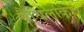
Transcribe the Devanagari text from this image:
मैथिलोंका